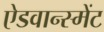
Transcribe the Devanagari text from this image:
ऐडवान्स्मेंट